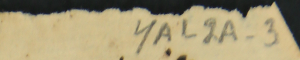
YAL2A-3